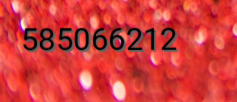
585066212